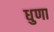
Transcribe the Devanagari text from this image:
धुणा